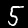
Digit: 5